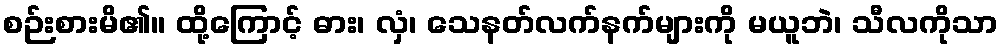
စဉ်းစားမိ၏။ ထို့ကြောင့် ဓား၊ လှံ၊ သေနတ်လက်နက်များကို မယူဘဲ၊ သီလကိုသာ